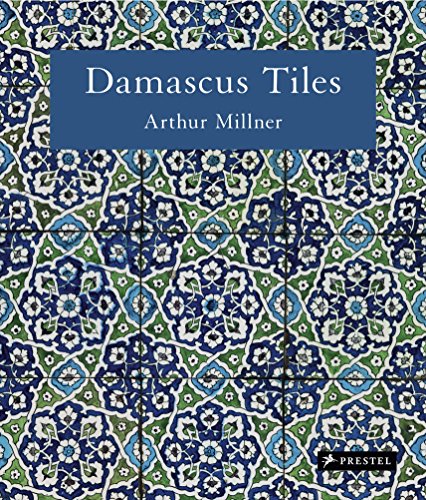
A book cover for Damascus Tiles: Mamluk and Ottoman Architectural Ceramics from Syria; Arthur Millner; Crafts, Hobbies & Home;